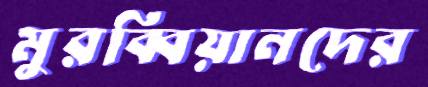
মুরব্বিয়ানদের